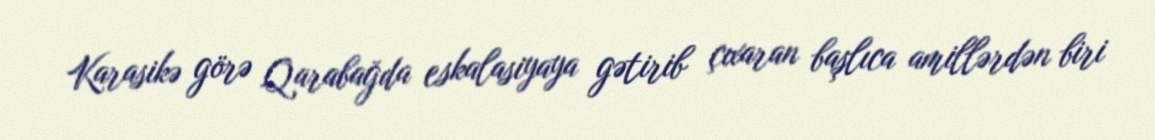
Karasikə görə Qarabağda eskalasiyaya gətirib çıxaran başlıca amillərdən biri